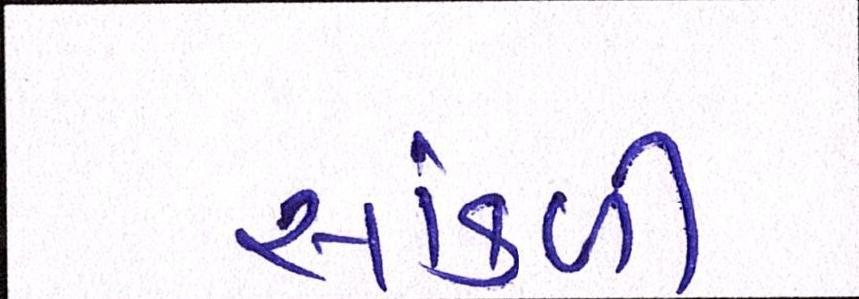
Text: સાંકળી